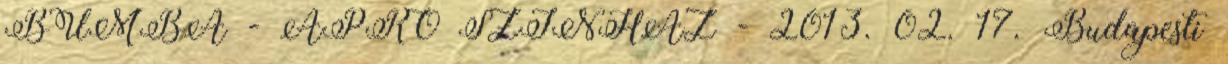
BUMBA - APRÓ SZÍNHÁZ - 2013. 02. 17. Budapesti